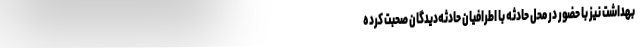
بهداشت نیز با حضور در محل حادثه با اطرافیان حادثه‌دیدگان صحبت کرده